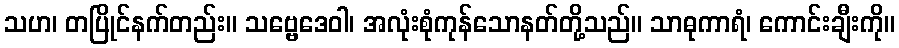
သဟ၊ တပြိုင်နက်တည်း။ သဗ္ဗေဒေဝါ၊ အလုံးစုံကုန်သောနတ်တို့သည်။ သာဓုကာရံ၊ ကောင်းချီးကို။